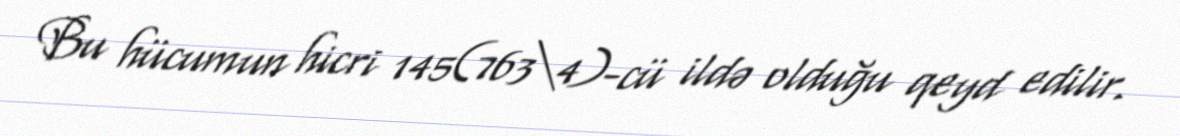
Bu hücumun hicri 145(763\4)-cü ildə olduğu qeyd edilir.